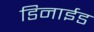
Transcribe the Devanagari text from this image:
डिनाईड